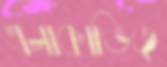
এলাকাভিত্